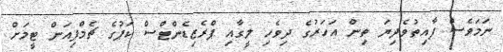
ނަމަވެސް ފާއިތުވެދިޔަ ތިން އަހަރުގެ ދިވެހި ލީގާއި ޕްރެޒިޑެންޓްސް ކަޕުގެ ޗެމްޕިއަން ޓީމަށް